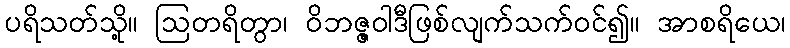
ပရိသတ်သို့။ ဩတရိတွာ၊ ဝိဘဇ္ဇဝါဒီဖြစ်လျက်သက်ဝင်၍။ အာစရိယေ၊